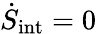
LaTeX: \dot{S}_{\mathrm{int}}=0